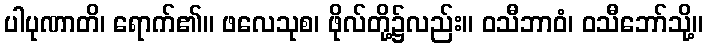
ပါပုဏာတိ၊ ရောက်၏။ ဖလေသုစ၊ ဖိုလ်တို့၌လည်း။ ဝသီဘာဝံ၊ ဝသီဘော်သို့။